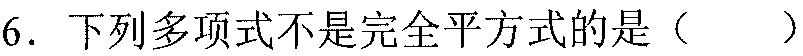
6. 下列多项式不是完全平方式的是（  ）